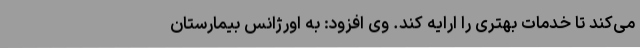
می‌کند تا خدمات بهتری را ارایه کند. وی افزود: به اورژانس بیمارستان